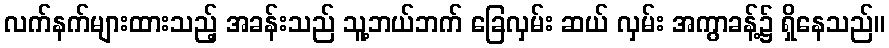
လက်နက်များထားသည့် အခန်းသည် သူ့ဘယ်ဘက် ခြေလှမ်း ဆယ် လှမ်း အကွာခန့်၌ ရှိနေသည်။